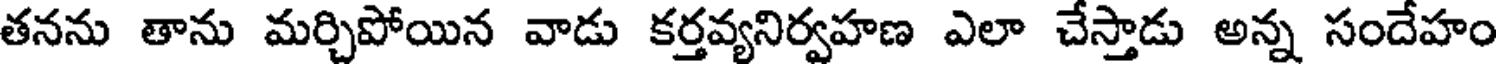
తనను తాను మర్చిపోయిన వాడు కర్తవ్యనిర్వహణ ఎలా చేస్తాడు అన్న సందేహం